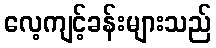
လေ့ကျင့်ခန်းများသည်